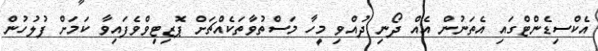
އެކްސިޑެންޓްގައި އެތަނުން އެއް ދޯނި ދުއްވި މީހާ މަސްތުވާތަކެއްޗަށް ޕޮޒިޓިވްވެފައިވާ ކަމަށް ފުލުހުން